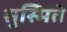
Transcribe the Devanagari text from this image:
सुस्मिते